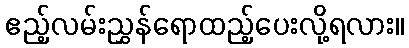
ဧည့်လမ်းညွှန်ရောထည့်ပေးလို့ရလား။